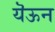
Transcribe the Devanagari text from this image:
यॆऊन